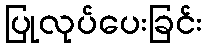
ပြုလုပ်ပေးခြင်း